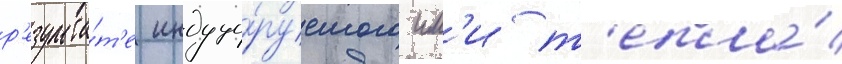
р'езульта́т'е индуци́руемого им'и т'епла́